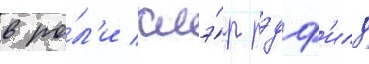
в ро́л'и клэ́р рэдф'илд